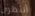
أنتظري